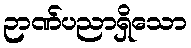
ဉာဏ်ပညာရှိသော